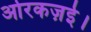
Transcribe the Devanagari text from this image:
ओरकज़ई।